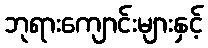
ဘုရားကျောင်းများနှင့်